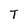
Character: T